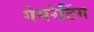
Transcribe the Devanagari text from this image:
गेमरेटिंग